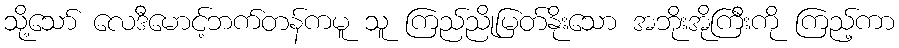
သို့သော် လေဒီမောင့်ဘက်တန်ကမူ သူ ကြည်ညိုမြတ်နိုးသော အဘိုးအိုကြီးကို ကြည့်ကာ